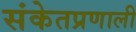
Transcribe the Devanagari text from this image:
संकेतप्रणाली